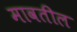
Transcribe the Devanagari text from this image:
मावतील